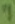
Text: 7